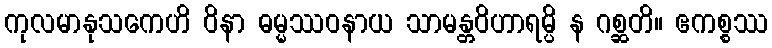
ကုလမာနုသကေဟိ ဝိနာ ဓမ္မဿဝနာယ သာမန္တဝိဟာရမ္ပိ န ဂစ္ဆတိ။ ဧကစ္စဿ